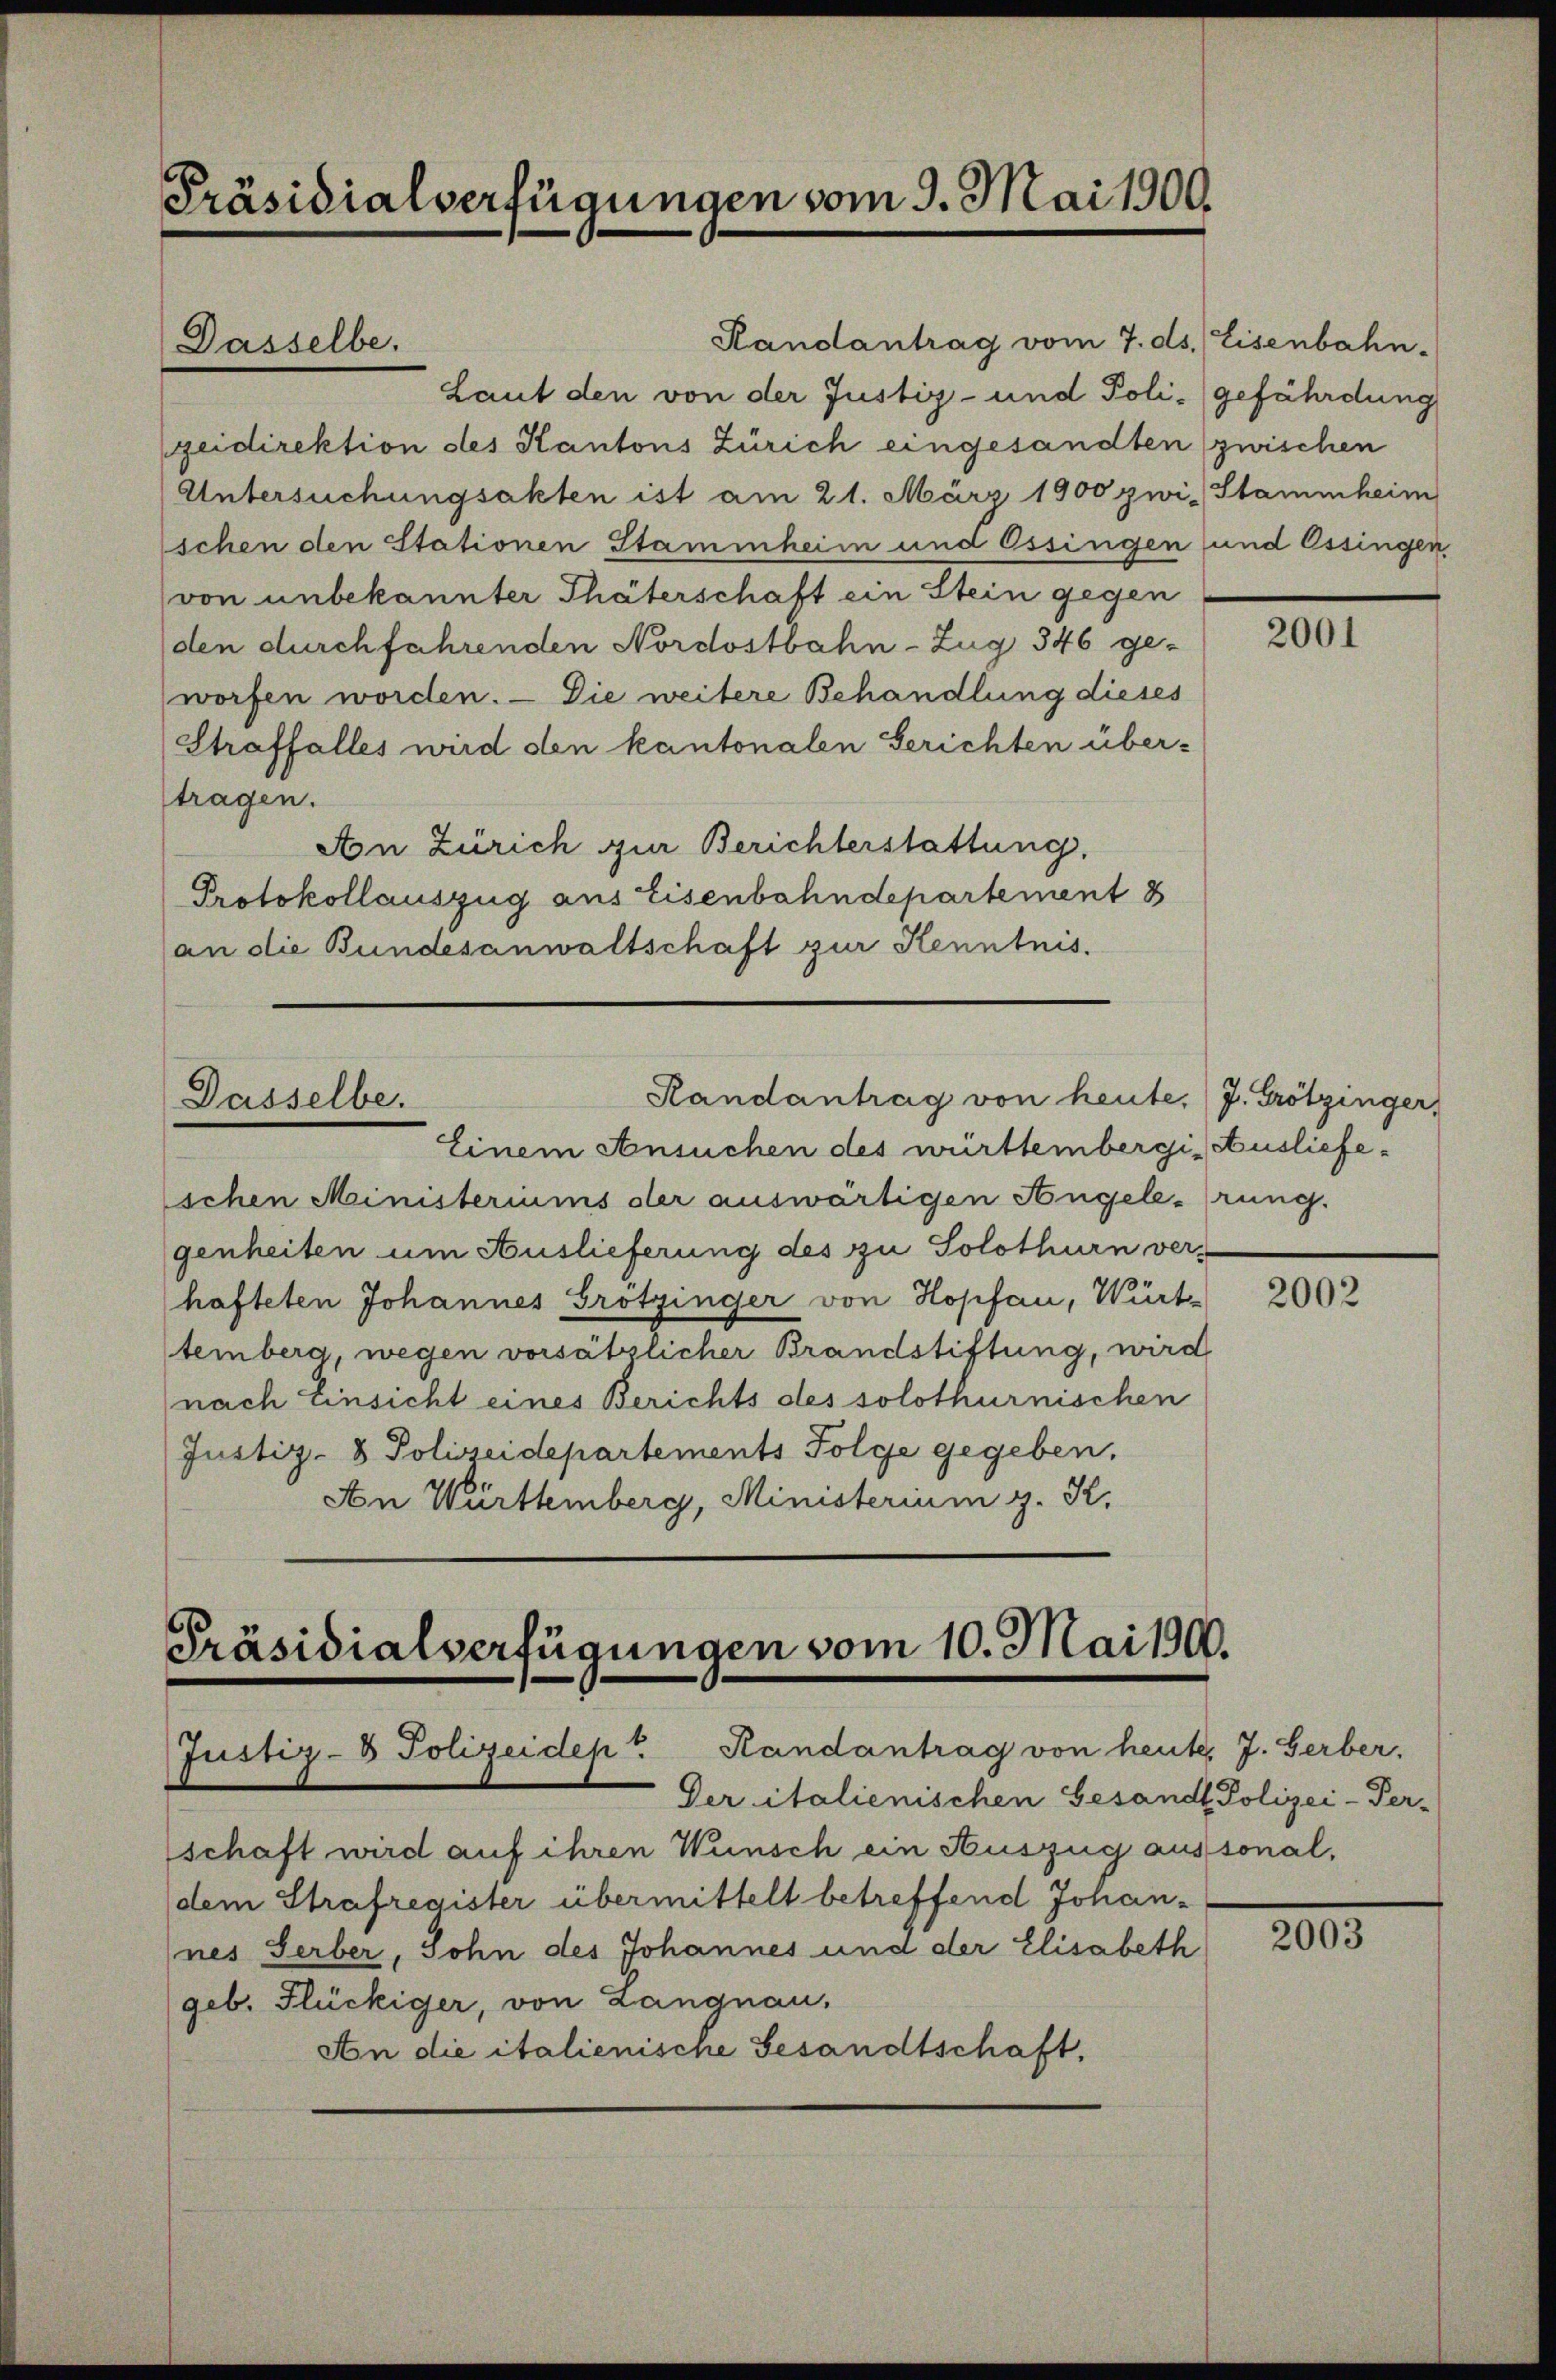
Präsidialverfügungen vom 9. Mai 1900.

Randantrag vom 7. ds. Eisenbahn-
Laut den von der Justiz- und Poli- gefährdung
geidirektion des Kantons Zürich eingesandten zwischen
Untersuchungsakten ist am 21. März 1900 zwi-Stammheim
schen den Stationen Stammheim und Ossingen und Ossingen
von unbekannter Thäterschaft ein Stein gegen
den durchfahrenden Nordostbahn-Zug 346 ge-
worfen worden. — Die weitere Behandlung dieses
Straffalles wird den kantonalen Gerichten über-
tragen.
An Zürich zur Berichterstattung.
Protokollauszug aus Eisenbahndepartement 8
an die Bundesanwaltschaft zur Kenntnis.

Dasselbe.

Randantrag von heute. J. Grötzinger,
Dasselbe.

Präsidialverfügungen vom 10. Mai 190.
Justiz- & Polizeidep" Randantrag von heute. J. Gerber,

Der italienischen Gesand Polizei-Per-
schaft wird auf ihren Wünsch ein Auszug aussonal,
dem Strafregister übermittelt betreffend Johannes Serber, Sohn des Johannes und der Elisabeth
geb. Flückiger, von Langnau,
An die italienische Gesandtschaft.

Einem Ansuchen des württembergi, Ausliefeschen Ministeriums der auswärtigen Angelerung.
genheiten um Auslieferung des zu Solothurn ver-
hafteten Johannes Grötzinger von Hopfau, Würt
temberg, wegen vorsätzlicher Brandstiftung, wird
nach Einsicht eines Berichts des solothurnischen
Justiz- & Polizeidepartements Folge gegeben.
Aon Württemberg, Ministerium z. K.

2001

2002

2003